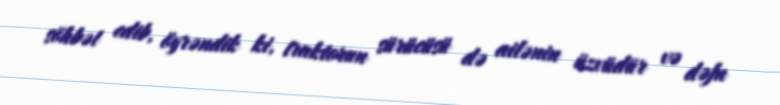
söhbət edib, öyrəndik ki, traktorun sürücüsü də ailənin üzvüdür və dəfn